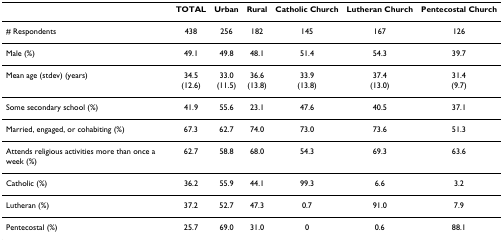
|  | TOTAL | Urban | Rural | Catholic Church | Lutheran Church | Pentecostal Church |
 | --- | --- | --- | --- | --- | --- | --- |
 | # Respondents | 438 | 256 | 182 | 145 | 167 | 126 |
 | Male (%) | 49.1 | 49.8 | 48.1 | 51.4 | 54.3 | 39.7 |
 | Mean age (stdev) (years) | 34.5(12.6) | 33.0(11.5) | 36.6(13.8) | 33.9(13.8) | 37.4(13.0) | 31.4(9.7) |
 | Some secondary school (%) | 41.9 | 55.6 | 23.1 | 47.6 | 40.5 | 37.1 |
 | Married, engaged, or cohabiting (%) | 67.3 | 62.7 | 74.0 | 73.0 | 73.6 | 51.3 |
 | Attends religious activities more than once a week (%) | 62.7 | 58.8 | 68.0 | 54.3 | 69.3 | 63.6 |
 | Catholic (%) | 36.2 | 55.9 | 44.1 | 99.3 | 6.6 | 3.2 |
 | Lutheran (%) | 37.2 | 52.7 | 47.3 | 0.7 | 91.0 | 7.9 |
 | Pentecostal (%) | 25.7 | 69.0 | 31.0 | 0 | 0.6 | 88.1 |